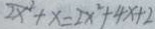
2 x ^ { 2 } + x = 2 x ^ { 2 } + 4 x + 2